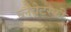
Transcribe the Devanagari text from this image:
ब्लैवेटस्की